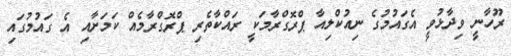
ރޫހާނީ ވިދާޅުވީ އެގައުމުގެ ނިއުކްލިއާ ޕްރޮގްރާމަކީ ރައްކާތެރި ޕްރޮގްރާމެއް ކަމަށާއި އެ ގައުމުގައި